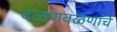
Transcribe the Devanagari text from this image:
दळणवळणांचे